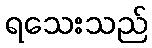
ရသေးသည်